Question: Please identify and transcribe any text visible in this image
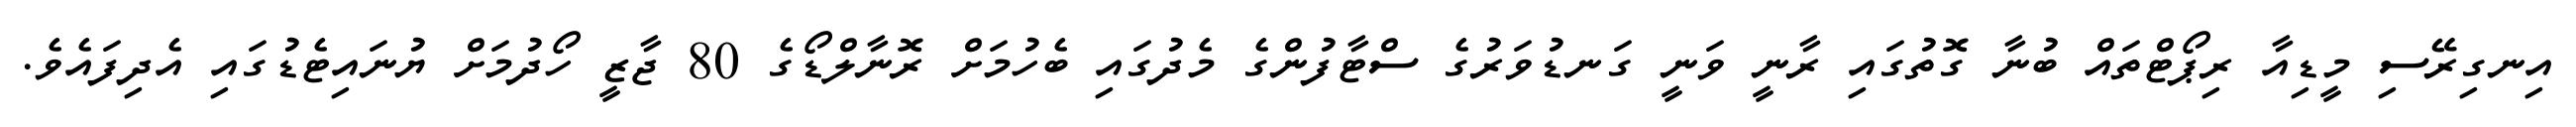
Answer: އިނގިރޭސި މީޑިއާ ރިޕޯޓްތައް ބުނާ ގޮތުގައި ރާނީ ވަނީ ގަނޑުވަރުގެ ސްޓާފުންގެ މެދުގައި ބެހުމަށް ރޮނާލްޑޯގެ 80 ޖާޒީ ހޯދުމަށް ޔުނައިޓެޑުގައި އެދިފައެވެ.